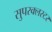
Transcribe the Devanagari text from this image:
सुपरक्‍लस्टर